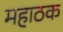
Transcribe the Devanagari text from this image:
महाठक